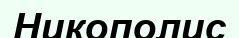
Никополис